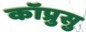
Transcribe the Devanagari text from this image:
कॉप्रुसु